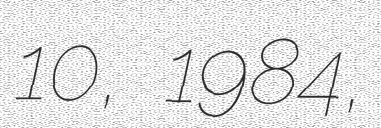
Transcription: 10, 1984,